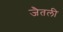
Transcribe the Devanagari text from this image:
जैतली